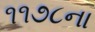
૧૧૭૮ના